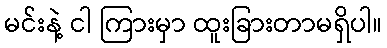
မင်းနဲ့ ငါ ကြားမှာ ထူးခြားတာမရှိပါ။